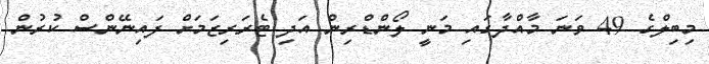
މިބިލްގެ 49 ވަނަ މާއްދާގައި މަނީ ލޯންޑްރިން އަދި ޓެރަރިޒަމަށް ފައިނޭންސް ކުރުން